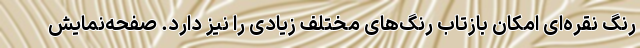
رنگ نقره‌ای امکان بازتاب رنگ‌های مختلف زیادی را نیز دارد. صفحه‌نمایش